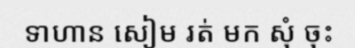
ទាហាន សៀម រត់ មក សុំ ចុះ